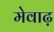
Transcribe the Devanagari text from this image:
मेवाढ़